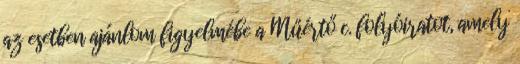
az esetben ajánlom figyelmébe a Műértő c. folyóiratot, amely